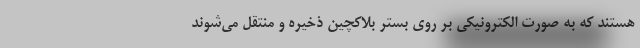
هستند که به صورت الکترونیکی بر روی بستر بلاکچین ذخیره و منتقل می‌شوند